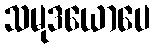
သမုဒယောပေ